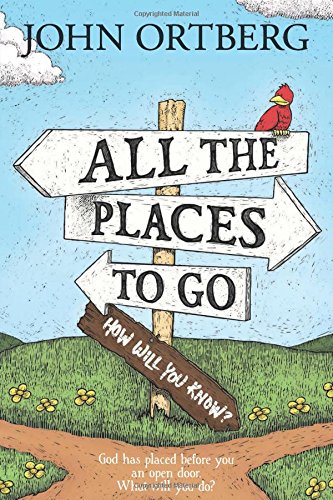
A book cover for All the Places to Go . . . How Will You Know?: God Has Placed before You an Open Door.  What Will You Do?; John Ortberg; Christian Books & Bibles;